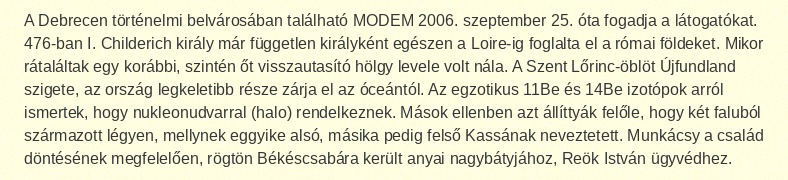
A Debrecen történelmi belvárosában található MODEM 2006. szeptember 25. óta fogadja a látogatókat. 476-ban I. Childerich király már független királyként egészen a Loire-ig foglalta el a római földeket. Mikor rátaláltak egy korábbi, szintén őt visszautasító hölgy levele volt nála. A Szent Lőrinc-öblöt Újfundland szigete, az ország legkeletibb része zárja el az óceántól. Az egzotikus 11Be és 14Be izotópok arról ismertek, hogy nukleonudvarral (halo) rendelkeznek. Mások ellenben azt állíttyák felőle, hogy két faluból származott légyen, mellynek eggyike alsó, másika pedig felső Kassának neveztetett. Munkácsy a család döntésének megfelelően, rögtön Békéscsabára került anyai nagybátyjához, Reök István ügyvédhez.